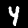
Label: 4